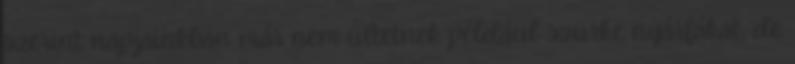
szerint napjainkban már nem ültetnek például szürke nyárfákat, de